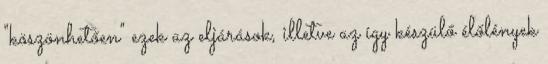
"köszönhetően" ezek az eljárások, illetve az így készülő élőlények